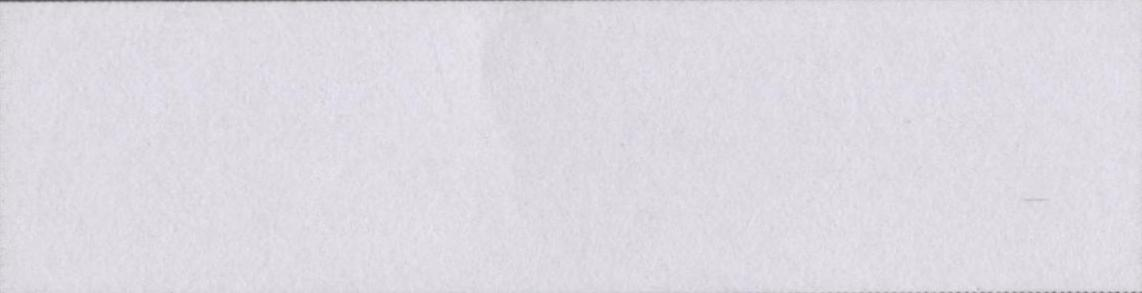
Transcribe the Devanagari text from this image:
विद्यानिवास